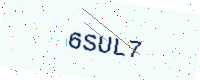
Text: 6SUL7